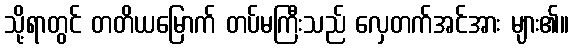
သို့ရာတွင် တတိယမြောက် တပ်မကြီးသည် လှေတက်အင်အား များ၏။